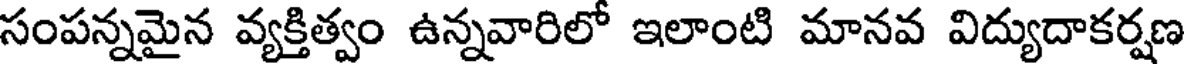
సంపన్నమైన వ్యక్తిత్వం ఉన్నవారిలో ఇలాంటి మానవ విద్యుదాకర్షణ